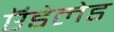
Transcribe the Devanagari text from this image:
ऍडेलेड